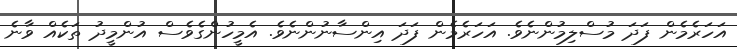
އަހަރެމެން ފަދަ މުސްލިމުންނެވެ. އަހަރެމެން ފަދަ އިންސާނުންނެވެ. އެމީހުންގެވެސް އުންމީދު ތަކެއް ވާނެ